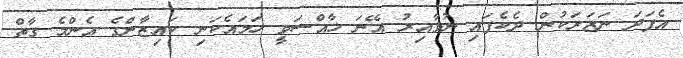
އެފަދަ ނަޒަރަކުން ދެކެފައި ނުވާއިރު އޭނަ ޚާއްސަވީ ހަމައެކަނި ކައިޒާންގެ އެންމެ ގާތް